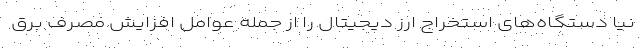
نیا دستگاه‌های استخراج ارز دیجیتال را از جمله عوامل افزایش مصرف برق